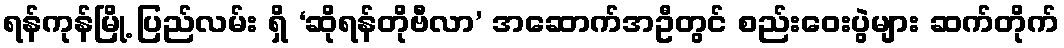
ရန်ကုန်မြို့ ပြည်လမ်း ရှိ ‘ဆိုရန်တိုဗီလာ’ အဆောက်အဦတွင် စည်းဝေးပွဲများ ဆက်တိုက်